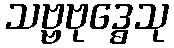
သဗ္ဗဗုဒ္ဓေသု